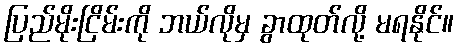
ပြည်မိုးငြိမ်းကို ဘယ်လိုမှ ခွာထုတ်လို့ မရနိုင်။